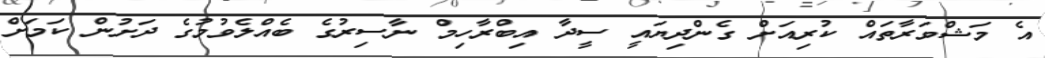
އެ މަޝްވަރާތައް ކުރިއަށް ގެންދިޔައީ ސީދާ އިބްރާހިމް ނާސިރުގެ ބެއްލެވުމުގެ ދަށުން ކަމަށް